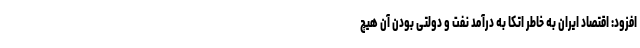
افزود: اقتصاد ایران به خاطر اتکا به درآمد نفت و دولتی بودن آن هیچ